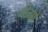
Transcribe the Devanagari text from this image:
थोआे